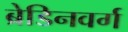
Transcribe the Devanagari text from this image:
ब्रेडिनवर्ग